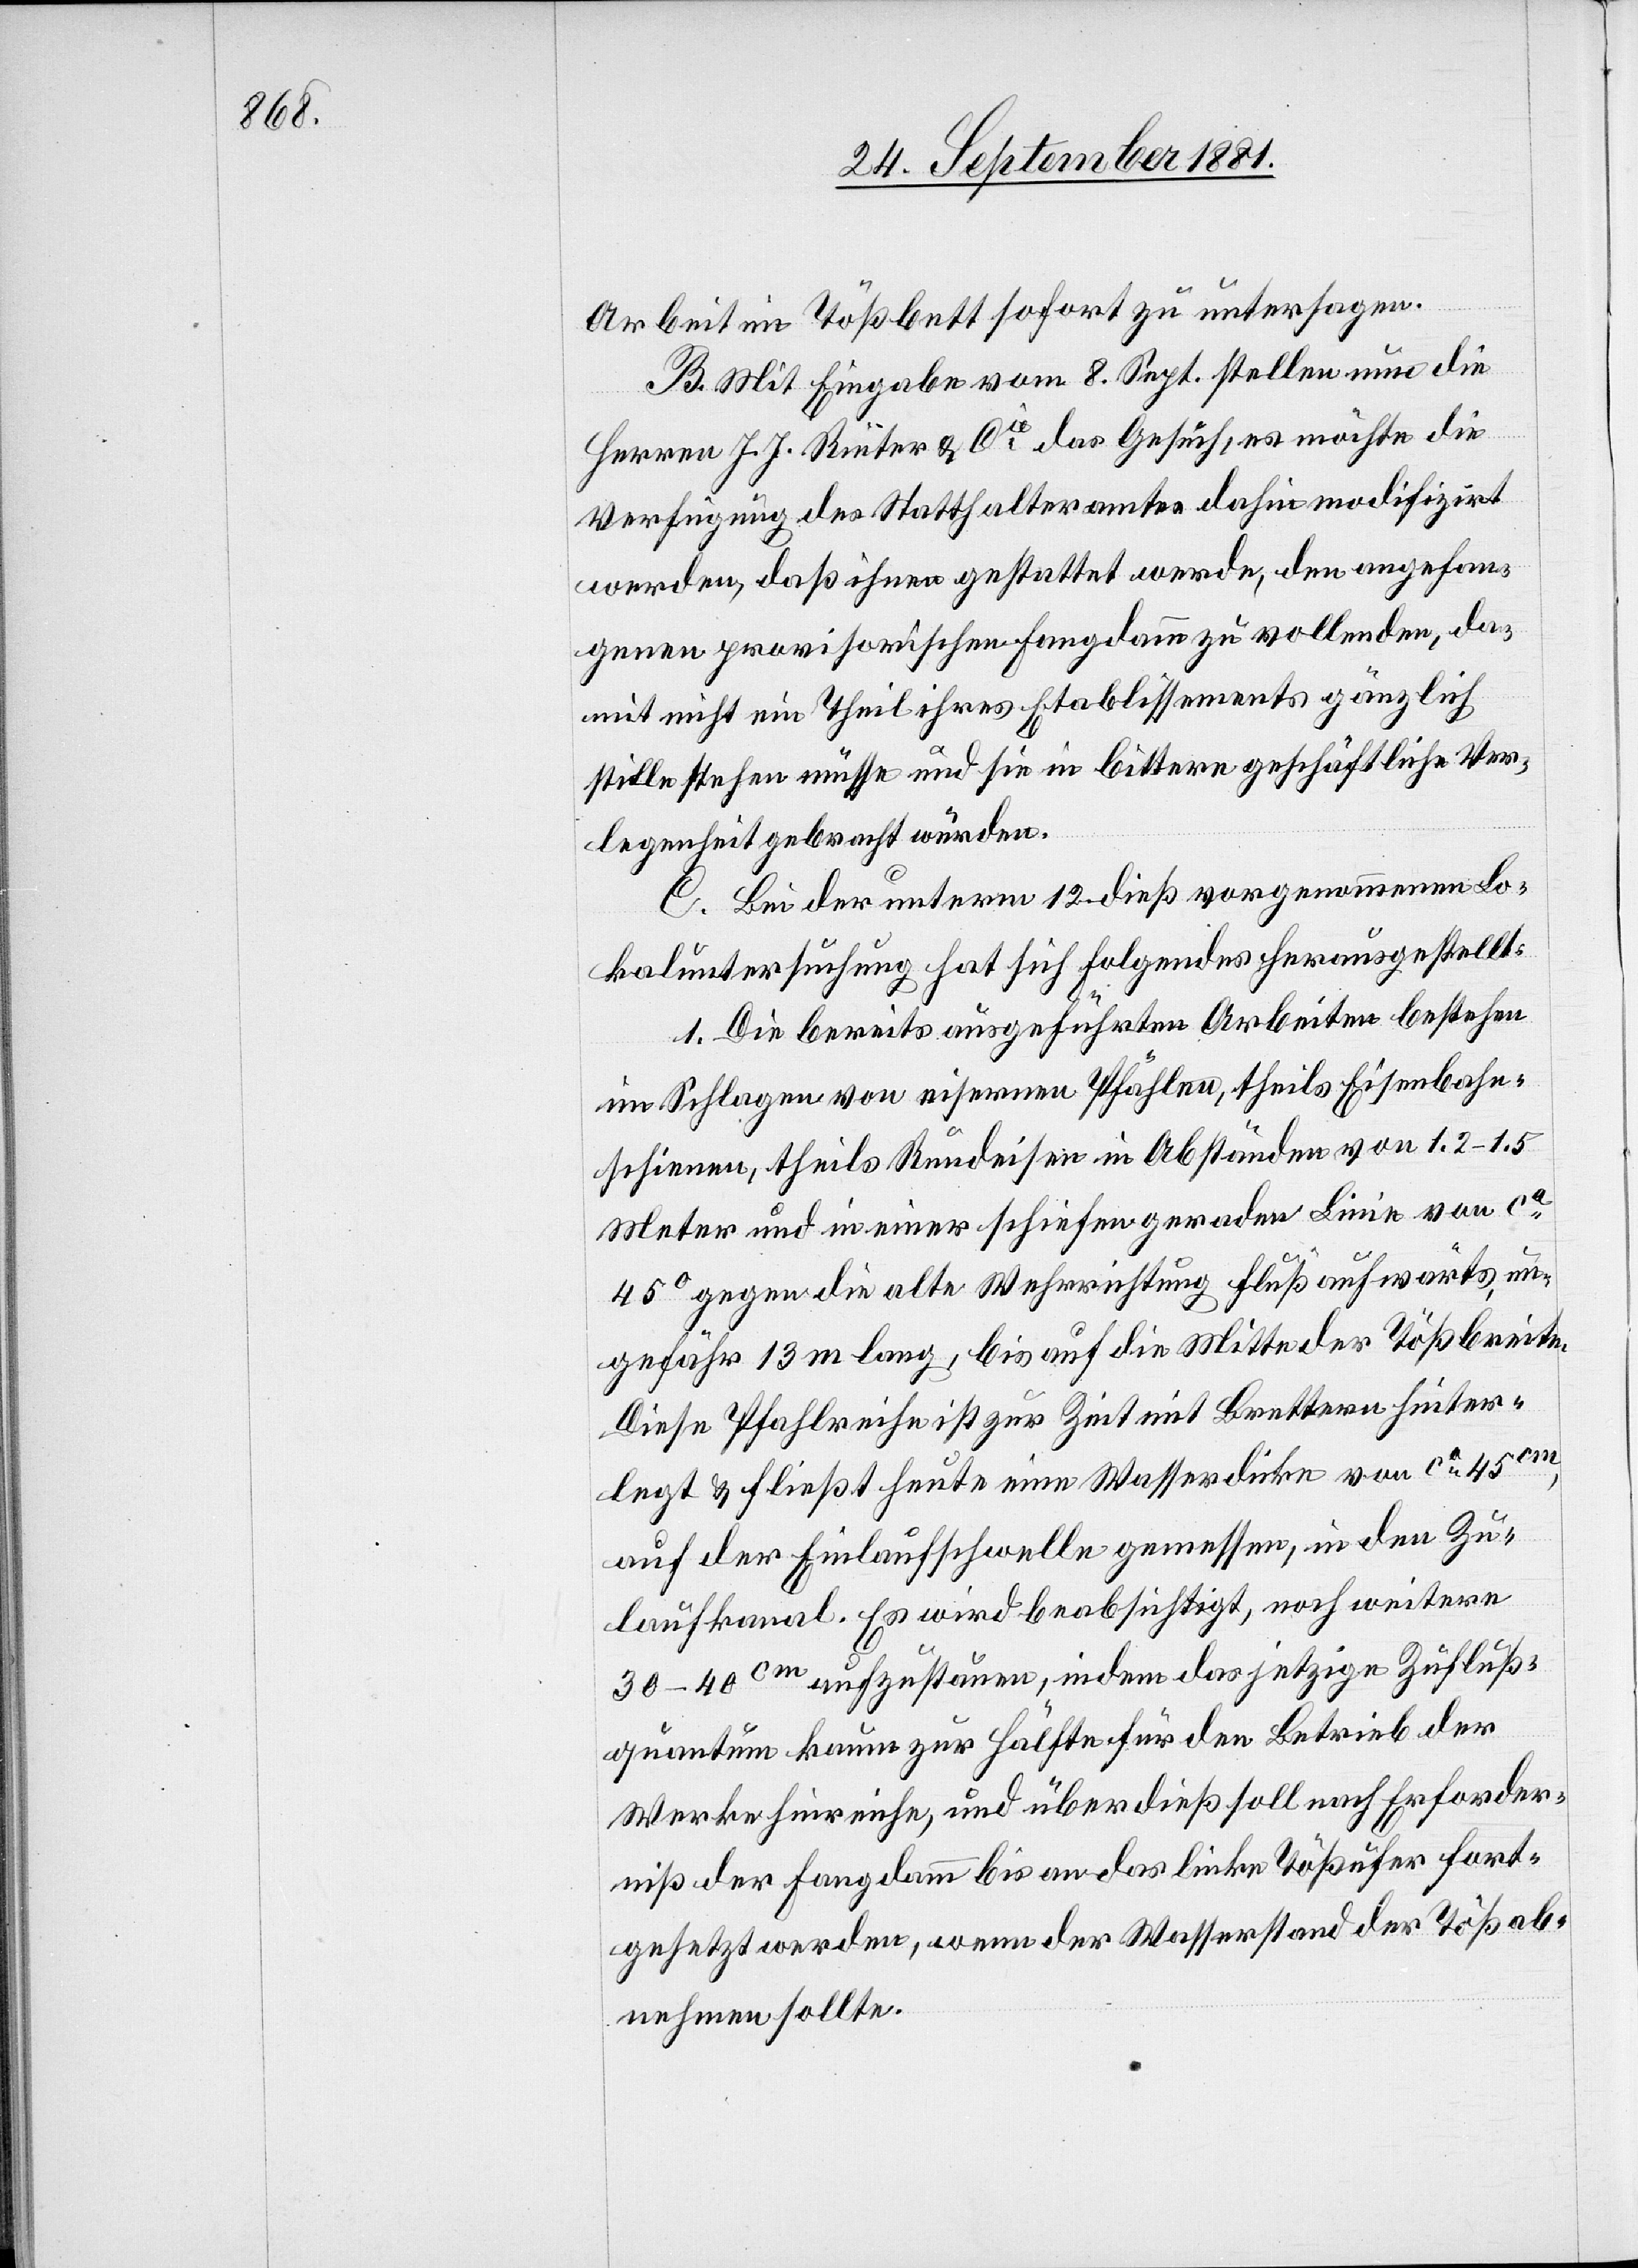
Arbeit im Tößbett sofort zu untersagen.
B. Mit Eingabe vom 8. Sept. stellen nun die
Herren J. J. Rieter & Cie das Gesuch, es möchte die
Verfügung des Statthalteramtes dahin modifizirt
werden, daß ihnen gestattet werde, den angefan¬
genen provisorischen Fangdamm zu vollenden, da¬
mit nicht ein Theil ihres Etablissements gänzlich
stille stehen müsse und sie in bittere geschäftliche Ver¬
legenheit gebracht würden.
C. Bei der unterm 12. dieß vorgenommenen Lo¬
kaluntersuchung hat sich Folgendes herausgestellt:
1. Die bereits ausgeführten Arbeiten bestehen
im Schlagen von eisernen Pfählen, theils Eisenbahn¬
schienen, theils Rundeisen in Abständen von 1.2–1.5
Meter und in einer schiefen geraden Linie von ca
45° gegen die alte Wehrrichtung Fluß aufwärts, un¬
gefähr 13 m lang, bis auf die Mitte der Tößbreite.
Diese Pfahlreihe ist zur Zeit mit Brettern hinter¬
legt & fließt heute eine Wasserdicke von ca 45cm,
auf der Einlaufschwelle gemessen, in den Zu¬
laufkanal. Es wird beabsichtigt, noch weitere
30–40cm aufzustauen, indem das jetzige Zufluß¬
quantum kaum zur Hälfte für den Betrieb der
Werke hinreiche, und über dieß soll nach Erforder¬
niß der Fangdamm bis an das linke Tößufer fort¬
gesetzt werden, wenn der Wasserstand der Töß ab¬
nehmen sollte.